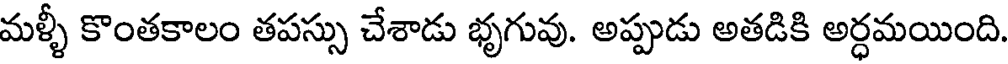
మళ్ళీ కొంతకాలం తపస్సు చేశాడు భృగువు. అప్పుడు అతడికి అర్ధమయింది.